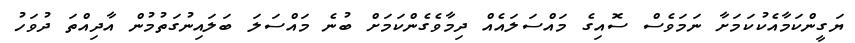
ޔަގީންކަމާއެކުކަމަށާ ނަމަވެސް ސޮއިގެ މައްސަލައެއް ދިމާވެގެންކަމަށް ބުނެ މައްސަލަ ބަލައިނުގަތުމުން އާދިއްތަ ދުވަހު